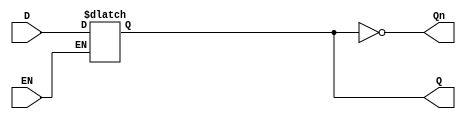
module GatedDLatch (
    input wire D,  // Data input
    input wire EN, // Enable signal
    output reg Q,  // Output signal
    output wire Qn // Complement of the output Q
);

    assign Qn = ~Q; // Qn is the complement of Q

    always @ (D or EN) begin
        if (EN) 
            Q <= D; // When EN is high, output Q follows D
    end

endmodule